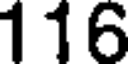
116